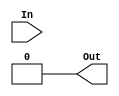
module	ParityGen(In, Out);
	//--------------------------------------------------------------------------
	//	Parameters
	//--------------------------------------------------------------------------
	parameter				Parity =				0,
							Width =					8;
	//--------------------------------------------------------------------------

	//--------------------------------------------------------------------------
	//	I/O
	//--------------------------------------------------------------------------
	input	[Width-1:0]		In;
	output reg				Out;
	//--------------------------------------------------------------------------

	//--------------------------------------------------------------------------
	//	Parity Computation
	//--------------------------------------------------------------------------
	always @ (In) begin
		case (Parity)
			1: Out =								~^In;
			2: Out =								^In;
			3: Out =								1;
			4: Out =								0;
			default: Out =							1'b0;
		endcase
	end
	//--------------------------------------------------------------------------
endmodule